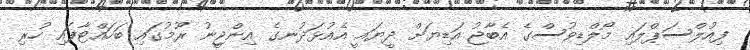
ފިއުލްސަޕްލައި މޯލްޑިވުސްގެ އެބާޖު އަޑިޔަށް ދީޔައީ އެއުޅަދުނގެ އިންޖީނު ރޫމުގައި ބަހައްޓާފައި ހުރި